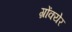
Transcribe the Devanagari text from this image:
ग्रोंक्येर